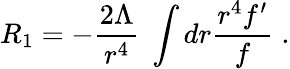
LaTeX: R_{1}=-\frac{2\Lambda}{r^{4}}\; \int dr\frac{r^{4}f^{\prime}}{f}\; .